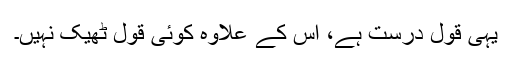
یہی قول درست ہے، اس کے علاوہ کوئی قول ٹھیک نہیں۔